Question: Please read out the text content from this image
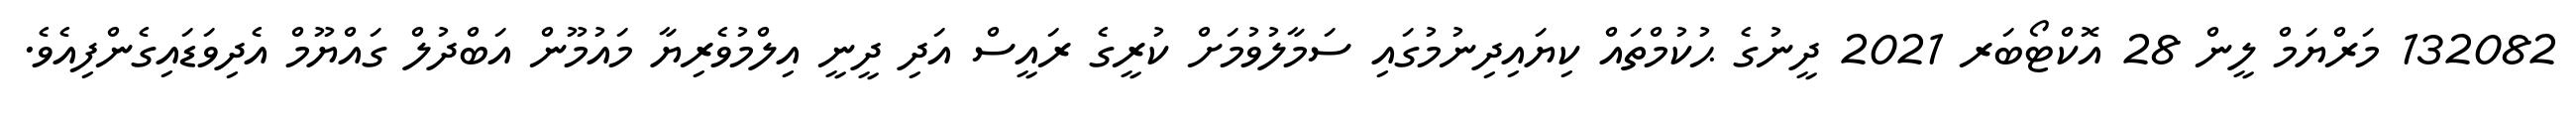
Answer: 132082 މަރްޔަމް ލީން 28 އޮކްޓޯބަރ 2021 ދީނުގެ ޙުކުމްތައް ކިޔައިދިނުމުގައި ސަމާލުވުމަށް ކުރީގެ ރައީސް އަދި ދީނީ އިލްމުވެރިޔާ މައުމޫން އަބްދުލް ގައްޔޫމް އެދިވަޑައިގެންފިއެވެ.